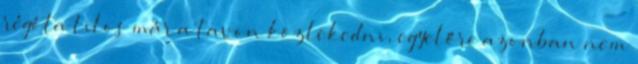
régóta tilos már a tavon közlekedni, egyelőre azonban nem